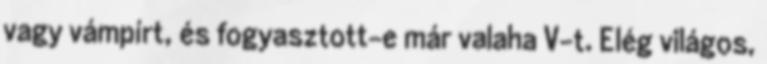
vagy vámpírt, és fogyasztott-e már valaha V-t. Elég világos,